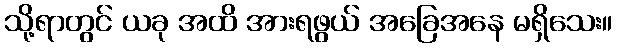
သို့ရာတွင် ယခု အထိ အားရဖွယ် အခြေအနေ မရှိသေး။